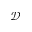
\mathcal { D }